Eesti_Ajutise_Maavalitsuse_haridusosakond, lk 12
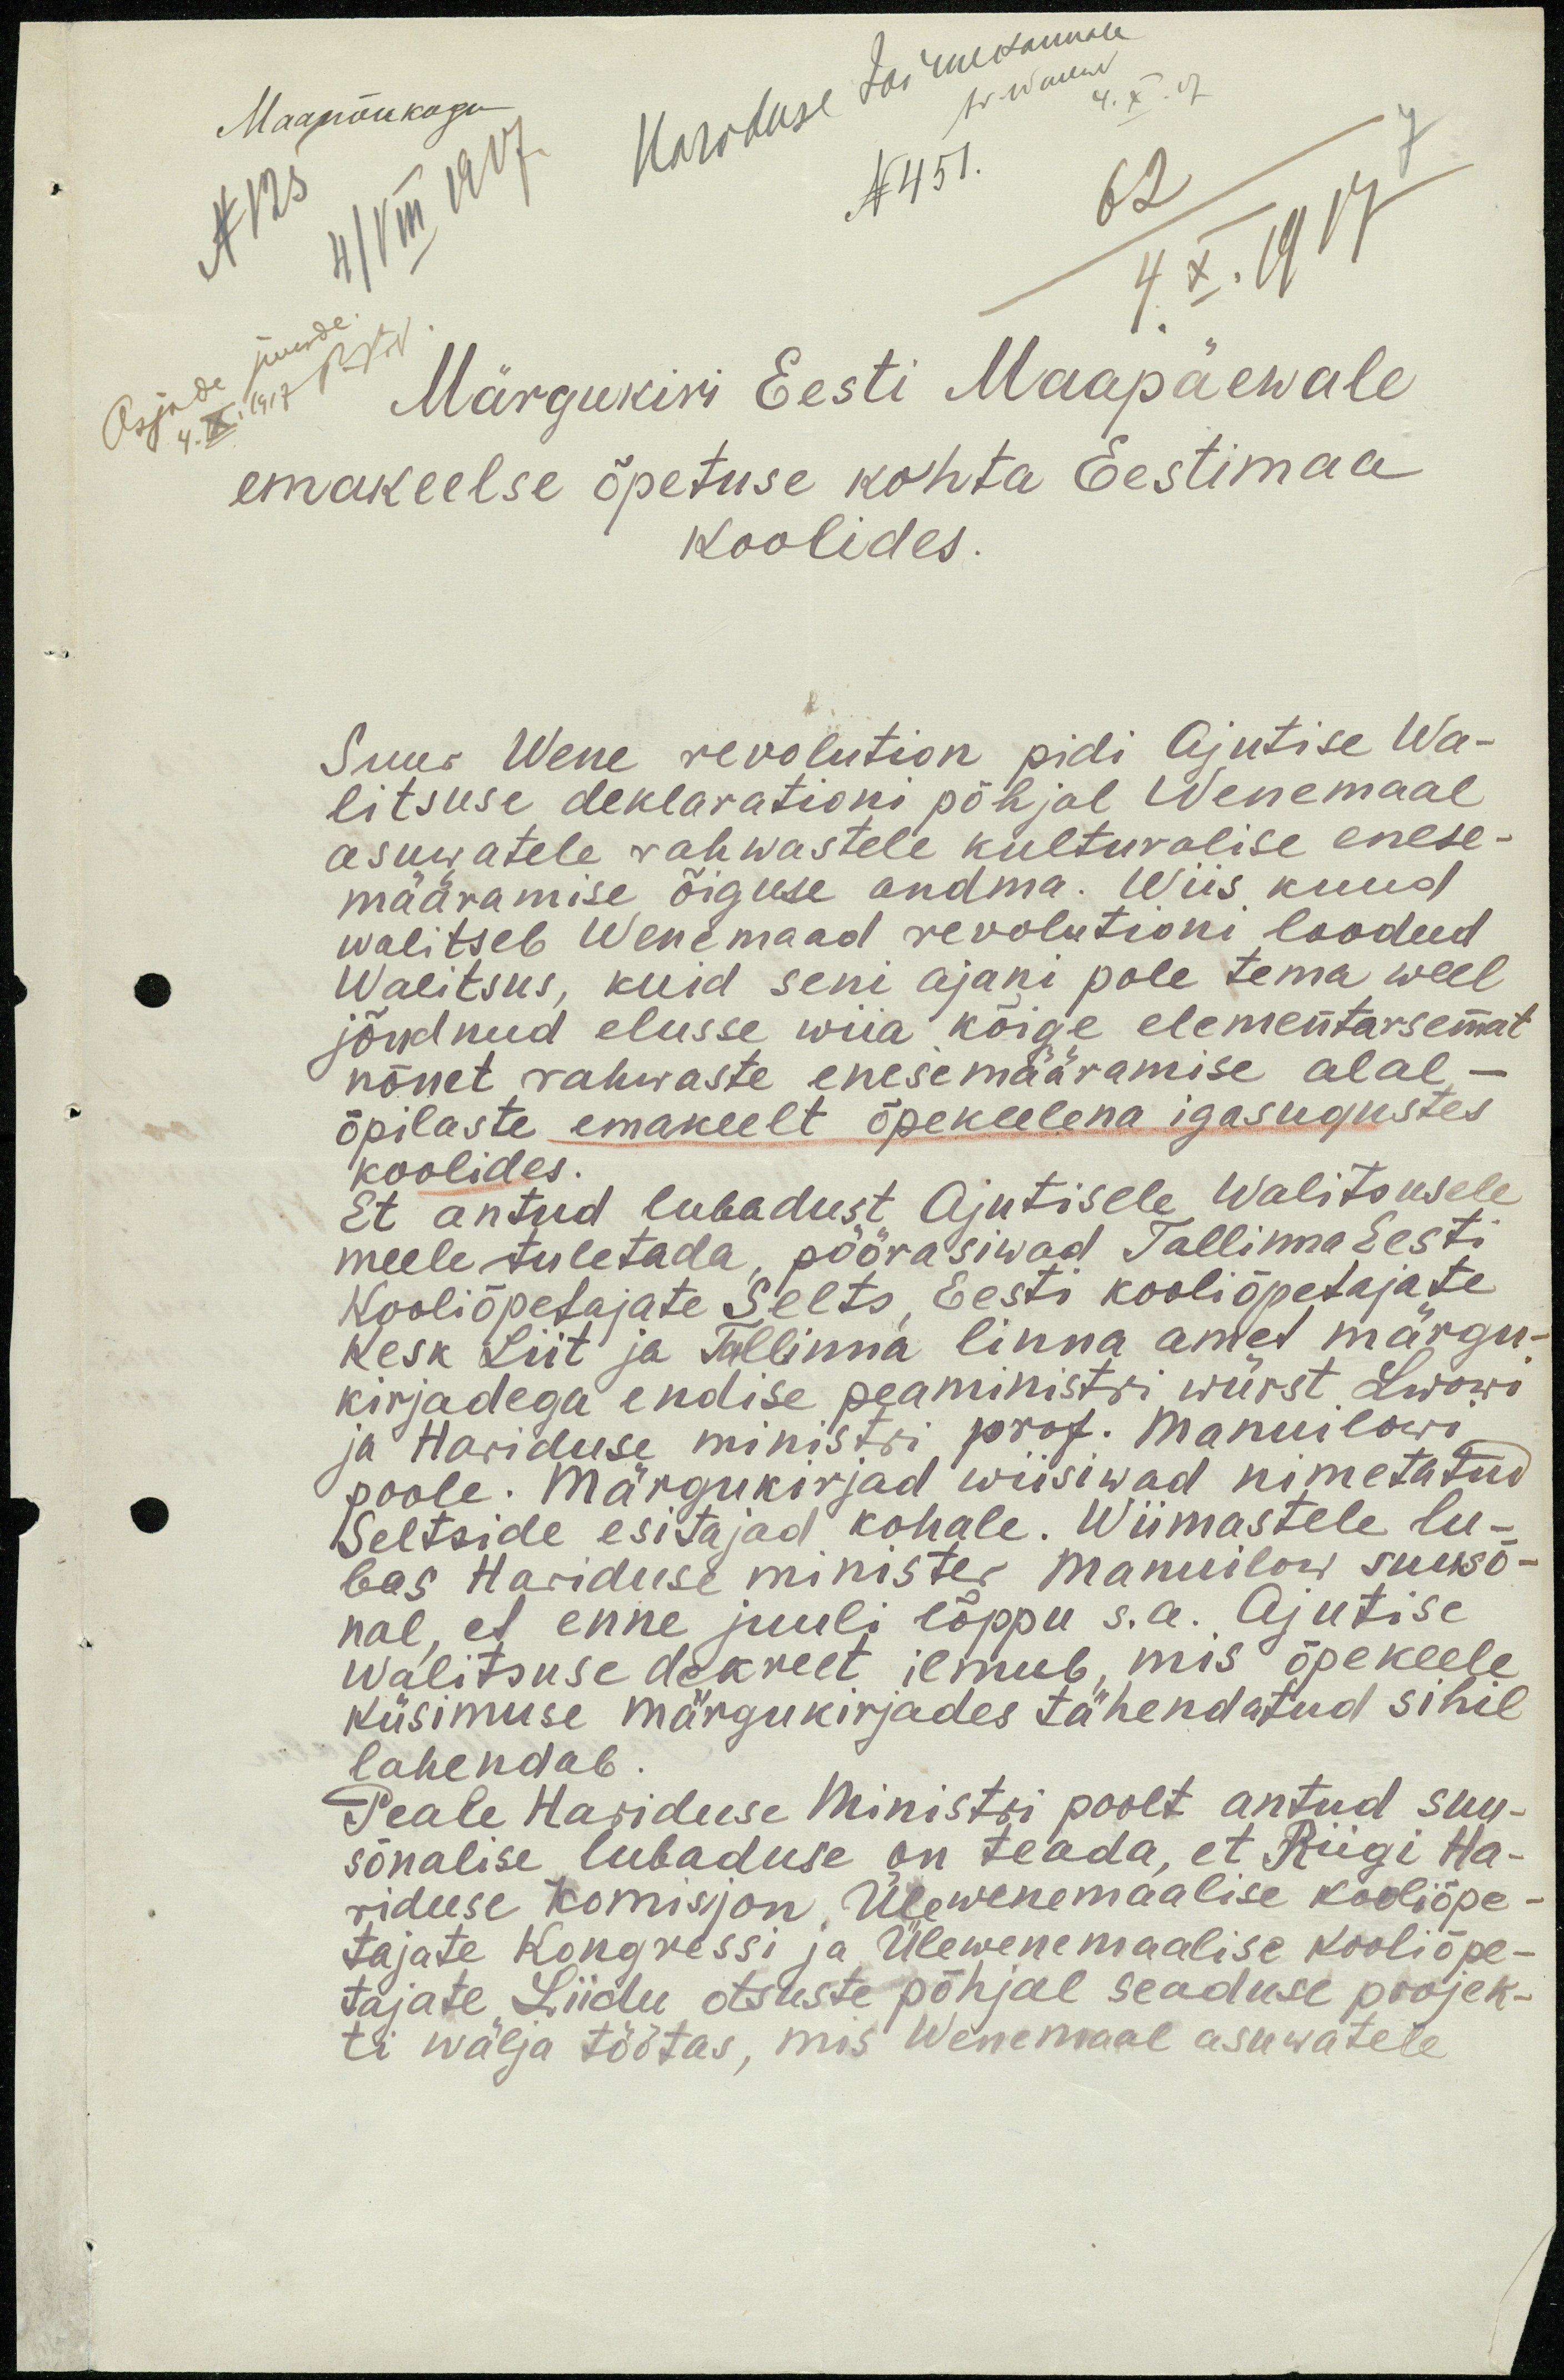
Maanõukogu
Kordduse toimetamale
N 125.
4/VIII 1917
N 451.
62
4. X. 1917
Märgukiri Eesti Maapäewale
emakeelse õpetuse kohta Eestimaa
koolides.
Suur Wene revolution pidi Ajutise Wa-
litsuse deklarationi põhjal Wenemaal
asuwatele rahwastele kulturalise enese-
määramise õiguse andma. Wiis kuud
walitseb Wenemaad revolutioni loodud
Walitsus, kuid seni ajani pole tema weel
jõudnud elusse wiia kõige elementarsemat
kõnet rahwaste enesemääramise alal-
õpilaste emakeelt õpekeelena igasugustes.
Et antud lubadust Ajutisele Walitsusele
koolides.
meele tuletada, pöörasiwad Tallinna Eesti
Kooliõpetajate Selts, Eesti kooli õpetajate
Kesk Liit ja Tallinna linna amet märgu-
kirjadega endise peaministri würst Lwowi
ja Hariduse ministri prof. Manuilowi
poole. Märgukirjad wiisiwad nimetatud
Seltside esitajad kohale. Wiimastele lu-
bas Hariduse minister Manuilow suusõ-
nal, et enne juuli lõppu s.a. Ajutise
Walitsuse dekreet ilmub, mis õpekeele
küsimuse märgukirjades tähendatud sihil
lahendab
Peale Hariduse Ministri poolt antud suu-
sõnalise lubaduse on teada, et Riigi Ha-
riduse Komisijon Ülewenemaalise kooliõpe-
tajate Kongressi ja Ülewenemaalise kooliõpe-
tajate Liidu otsuste põhjal seaduse projek-
ti wälja töötas, mis Wenemaal asuwatele